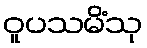
ဝူပသမိံသု